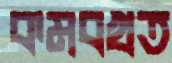
কমবখত